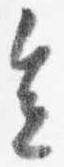
会